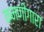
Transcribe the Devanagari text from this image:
कमणीगारा